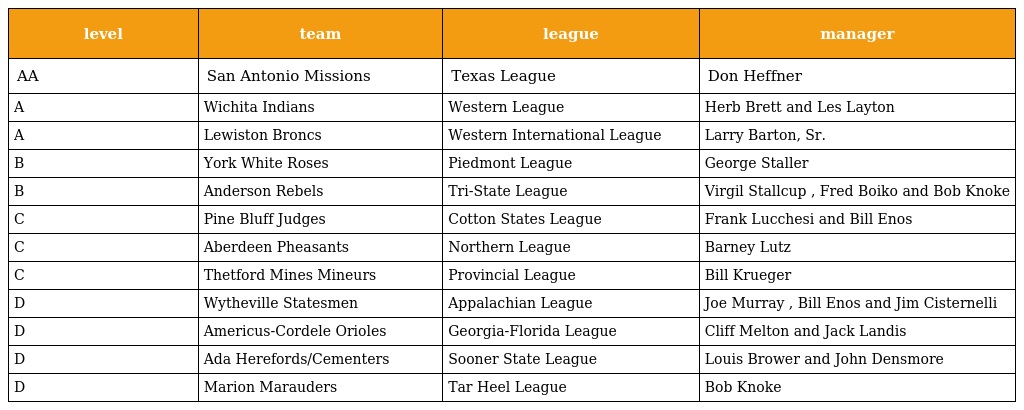
| level | team | league | manager |
 | --- | --- | --- | --- |
 | AA | San Antonio Missions | Texas League | Don Heffner |
 | A | Wichita Indians | Western League | Herb Brett and Les Layton |
 | A | Lewiston Broncs | Western International League | Larry Barton, Sr. |
 | B | York White Roses | Piedmont League | George Staller |
 | B | Anderson Rebels | Tri-State League | Virgil Stallcup , Fred Boiko and Bob Knoke |
 | C | Pine Bluff Judges | Cotton States League | Frank Lucchesi and Bill Enos |
 | C | Aberdeen Pheasants | Northern League | Barney Lutz |
 | C | Thetford Mines Mineurs | Provincial League | Bill Krueger |
 | D | Wytheville Statesmen | Appalachian League | Joe Murray , Bill Enos and Jim Cisternelli |
 | D | Americus-Cordele Orioles | Georgia-Florida League | Cliff Melton and Jack Landis |
 | D | Ada Herefords/Cementers | Sooner State League | Louis Brower and John Densmore |
 | D | Marion Marauders | Tar Heel League | Bob Knoke |